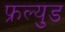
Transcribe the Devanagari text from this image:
फ्रल्युड